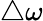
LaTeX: \triangle\omega